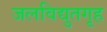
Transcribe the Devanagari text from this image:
जलविद्युतगृह